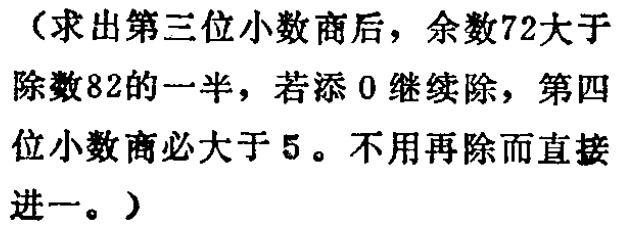
（求出第三位小数商后，余数72大于除数82的一半，若添0继续除，第四位小数商必大于5。不用再除而直接进一。）